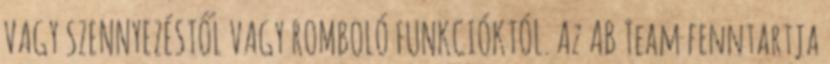
VAGY SZENNYEZÉSTŐL VAGY ROMBOLÓ FUNKCIÓKTÓL. Az AB Team fenntartja